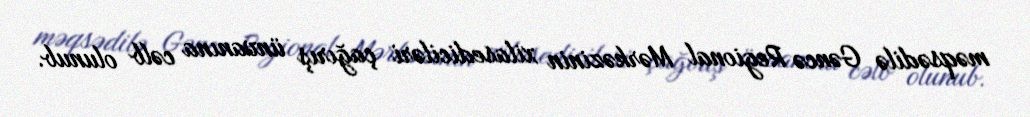
məqsədilə Gəncə Regional Mərkəzinin xilasediciləri çağırış ünvanına cəlb olunub.